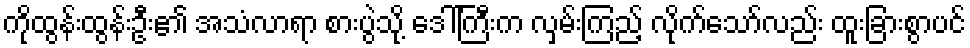
ကိုထွန်းထွန်းဦး၏ အသံလာရာ စားပွဲသို့ ဒေါ်ကြီးက လှမ်းကြည့် လိုက်သော်လည်း ထူးခြားစွာပင်